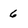
Character: 6